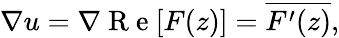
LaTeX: \nabla u=\nabla\mathrm{~R~e~}[F(z)]=\overline{{F^{\prime}(z)}},